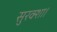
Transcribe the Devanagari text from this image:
सुरक्शा।